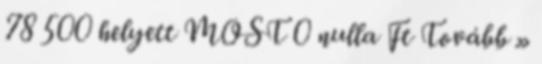
78 500 helyett MOST 0 nulla Ft Tovább »